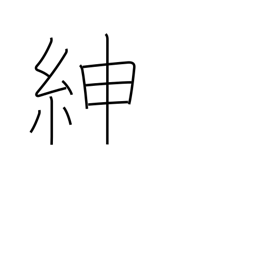
Meaning: good belt